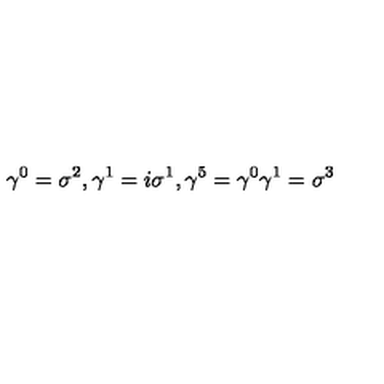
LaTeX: \gamma ^ { 0 } = \sigma ^ { 2 } , \gamma ^ { 1 } = i \sigma ^ { 1 } , \gamma ^ { 5 } = \gamma ^ { 0 } \gamma ^ { 1 } = \sigma ^ { 3 }